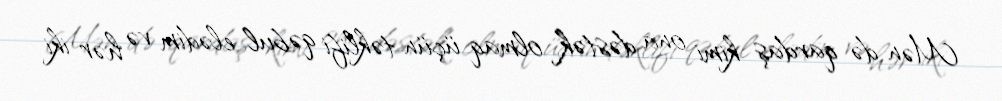
Mən də qardaş kimi ona dəstək olmaq üçün təklifi qəbul elədim və hər iki